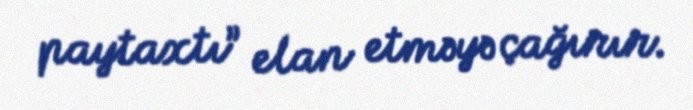
paytaxtı” elan etməyə çağırır.